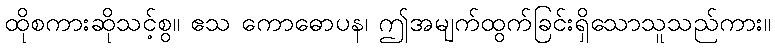
ထိုစကားဆိုသင့်စွ။ ဧသ ကောဓောပန၊ ဤအမျက်ထွက်ခြင်းရှိသောသူသည်ကား။